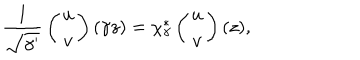
LaTeX: { \frac { 1 } { \sqrt { \gamma ^ { \prime } } } } \left( \begin{array} { c } { { u } } \\ { { v } } \\ \end{array} \right) ( \gamma z ) = \chi _ { \gamma } ^ { * } \left( \begin{array} { c } { { u } } \\ { { v } } \\ \end{array} \right) ( z ) ,